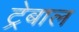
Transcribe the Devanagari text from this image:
ट्रेबाल